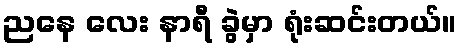
ညနေ လေး နာရီ ခွဲမှာ ရုံးဆင်းတယ်။